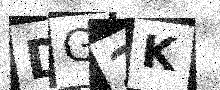
Text: DG2K